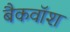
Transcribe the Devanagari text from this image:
बैकवॉश